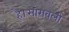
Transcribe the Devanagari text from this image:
है।सारावली